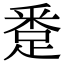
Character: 𨁢